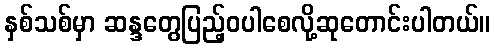
နှစ်သစ်မှာ ဆန္ဒတွေပြည့်ဝပါစေလို့ဆုတောင်းပါတယ်။